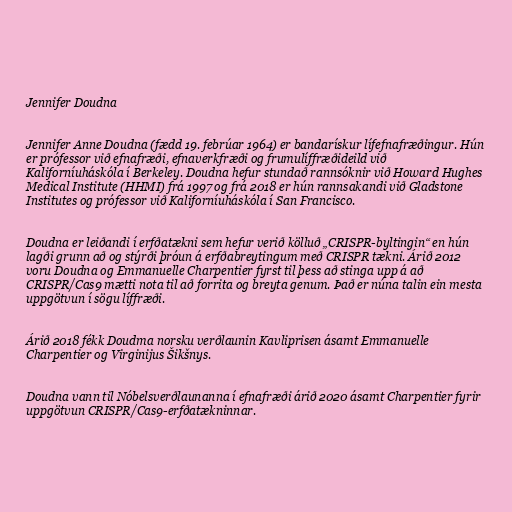
Jennifer Doudna

Jennifer Anne Doudna (fædd 19. febrúar 1964) er bandarískur lífefnafræðingur. Hún
er prófessor við efnafræði, efnaverkfræði og frumulíffræðideild við
Kaliforníuháskóla í Berkeley. Doudna hefur stundað rannsóknir við Howard Hughes
Medical Institute (HHMI) frá 1997 og frá 2018 er hún rannsakandi við Gladstone
Institutes og prófessor við Kaliforníuháskóla í San Francisco.

Doudna er leiðandi í erfðatækni sem hefur verið kölluð „CRISPR-byltingin“ en hún
lagði grunn að og stýrði þróun á erfðabreytingum með CRISPR tækni. Árið 2012
voru Doudna og Emmanuelle Charpentier fyrst til þess að stinga upp á að
CRISPR/Cas9 mætti nota til að forrita og breyta genum. Það er núna talin ein mesta
uppgötvun í sögu líffræði.

Árið 2018 fékk Doudma norsku verðlaunin Kavliprisen ásamt Emmanuelle
Charpentier og Virginijus Šikšnys.

Doudna vann til Nóbelsverðlaunanna í efnafræði árið 2020 ásamt Charpentier fyrir
uppgötvun CRISPR/Cas9-erfðatækninnar.